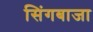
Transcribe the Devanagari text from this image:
सिंगबाजा